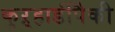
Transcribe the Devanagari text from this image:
कुऱ्हाडींपैकी